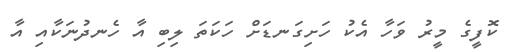
ކޮފީގެ މީރު ވަހާ އެކު ހަށިގަނޑަށް ހަކަތަ ލިބި އާ ހެނދުނަކާއި އާ